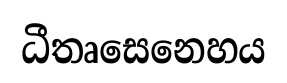
ධීතෘසෙනෙහය